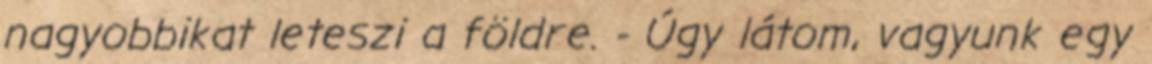
nagyobbikat leteszi a földre. - Úgy látom, vagyunk egy